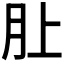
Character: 𪱚